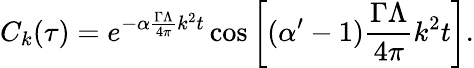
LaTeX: C_{k}(\tau)=e^{-\alpha\frac{\Gamma\Lambda}{4\pi}k^{2}t}\cos{\left[(\alpha^{\prime}-1)\frac{\Gamma\Lambda}{4\pi}k^{2}t\right]}.